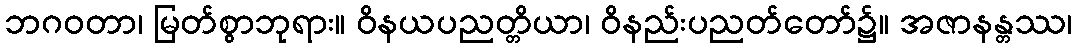
ဘဂဝတာ၊ မြတ်စွာဘုရား။ ဝိနယပညတ္တိယာ၊ ဝိနည်းပညတ်တော်၌။ အဇာနန္တဿ၊